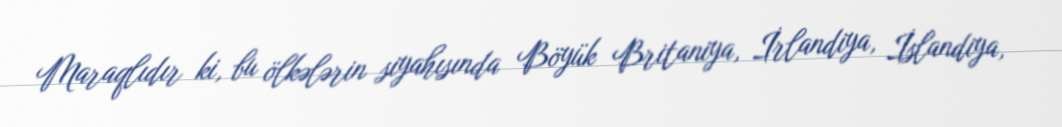
Maraqlıdır ki, bu ölkələrin siyahısında Böyük Britaniya, İrlandiya, İslandiya,